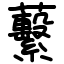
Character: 蘻